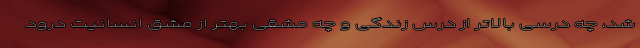
شد، چه درسى بالاتر از درسِ زندگى و چه مشقى بهتر از مشقِ انسانيت درود